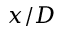
x / D